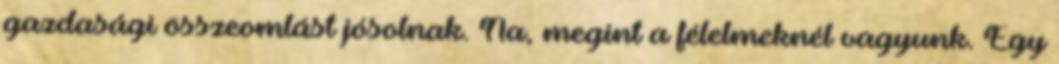
gazdasági összeomlást jósolnak. Na, megint a félelmeknél vagyunk. Egy